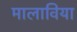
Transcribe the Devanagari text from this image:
मालाविया